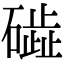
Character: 𥖋